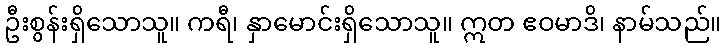
ဦးစွန်းရှိသောသူ။ ကရီ၊ နှာမောင်းရှိသောသူ။ ဣတ ဧဝမာဒိ၊ နာမ်သည်။